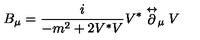
B _ { \mu } = \frac { i } { - m ^ { 2 } + 2 V ^ { * } V } V ^ { * } \stackrel \leftrightarrow \partial _ { \mu } V